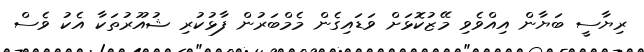
ރިޔާސީ ބަޔާން އިއްވެވި މޭޒުކޮޅަށް ވަޑައިގެން މެމްބަރުން ފާޅުކުރި ޝުއޫރުތަކާ އެކު ވެސް